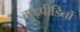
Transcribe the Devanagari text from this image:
बाढ़पीडितों